Report on the treatment of epidemic cholera: from information collected by the governments of Bengal, Madras, Bombay, N.W. Provinces, Punjab, Oudh, and Central India, by order of the Government of India
Disease focus: Cholera
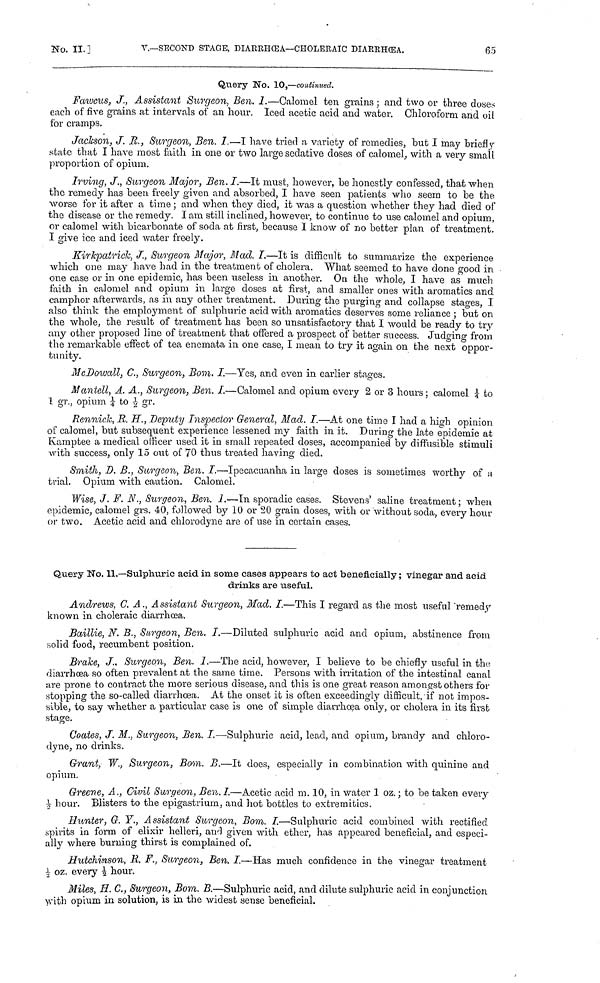
No. II.]
V.—SECOND STAGE, DIARRHŒA—CHOLERAIC DIARRHŒA.
65
Query No. 10,—continued.
Fawcus, J., Assistant Surgeon, Ben. I.—Calomel ten grains ; and two or three doses
each of five grains at intervals of an hour. Iced acetic acid and water. Chloroform and oil
for cramps.
Jackson, J. R., Surgeon, Ben. I.—I have tried a variety of remedies, but I may briefly
state that I have most faith in one or two large sedative doses of calomel, with a very small
proportion of opium.
Irving, J., Surgeon Major, Ben. I.—It must, however, be honestly confessed, that when
the remedy has been freely given and absorbed, I have seen patients who seern to be the
worse for it after a time ; and when they died, it was a question whether they had died of
the disease or the remedy. I am still inclined, however, to continue to use calomel and opium,
or calomel with bicarbonate of soda at first, because I know of no better plan of treatment.
I give ice and iced water freely.
Kirkpatrick, J., Surgeon Major, Mad, I.—It is difficult to summarize the experience
which one may have had in the treatment of cholera. What seemed to have done good in
one case or in one epidemic, has been useless in another. On the whole, I have as much
faith in calomel and opium in large doses at first, and smaller ones with aromatics and
camphor afterwards, as in any other treatment. During the purging and collapse stages, I
also think the employment of sulphuric acid with aromatics deserves some reliance ; but on
the whole, the result of treatment has been so unsatisfactory that I would be ready to try
any other proposed line of treatment that offered a prospect of better success. Judging from
the remarkable effect of tea enemata in one case, I mean to try it again on the next oppor-
tunity.
McDowall, C., Surgeon, Bom. I.—Yes, and even in earlier stages.
Mantell, A. A., Surgeon, Ben. I.—Calomel and opium every 2 or 3 hours; calomel 3 to
1 gr., opium ¼ to ½ gr.
Rennick, R. H., Deputy Inspector General, Mad. I.—At one time I had a high opinion
of calomel, but subsequent experience lessened my faith in it. During the late epidemic at
Kamptee a medical officer used it in small repeated doses, accompanied by diffusible stimuli
with success, only 15 out of 70 thus treated having died.
Smith, D. B., Surgeon, Ben. I.—Ipecacuanha in large doses is sometimes worthy of a
trial. Opium with caution. Calomel.
Wise, J. F. N., Surgeon, Ben. I.—In sporadic cases. Stevens' saline treatment; when
epidemic, calomel grs. 40, followed by 10 or 20 grain doses, with or without soda, every hour
or two. Acetic acid and chlorodyne are of use in certain cases.
Query No. 11.—Sulphuric acid in some cases appears to act beneficially ; vinegar and acid
drinks are useful.
Andrews, C. A., Assistant Surgeon, Mad. I.—This I regard as the most useful remedy
known in choleraic diarrhœa.
Baillie, N. B., Surgeon, Ben. I.—Diluted sulphuric acid and opium, abstinence from
solid food, recumbent position.
Brake, J., Surgeon, Ben. I.—The acid, however, I believe to be chiefly useful in the
diarrhœa so often prevalent at the same time. Persons with irritation of the intestinal canal
are prone to contract the more serious disease, and this is one great reason amongst others for
«topping the so-called diarrhoea. At the onset it is often exceedingly difficult, if not impos-
sible, to say whether a particular case is one of simple diarrhœa only, or cholera in its first
stage.
Coates, J. M., Surgeon, Ben. I.—Sulphuric acid, lead, and opium, brandy and chloro-
dyne, no drinks.
Grant, W., Surgeon, Bom. B.—It does, especially in combination with quinine and
opium.
Greene, A., Civil Surgeon, Ben. I.—Acetic acid m. 10, in water 1 oz. ; to be taken every
½ hour. Blisters to the epigastrium, and hot bottles to extremities.
Hunter, G. Y., Assistant Surgeon, Bom. I.—Sulphuric acid combined with rectified
spirits in form of elixir helleri, and given with ether, has appeared beneficial, and especi-
ally where burning thirst is complained of.
Hutchinson, R. F., Surgeon, Ben. I.—Has much confidence in the vinegar treatment
½ oz. every ½ hour.
Miles, H. C., Surgeon, Bom. B.—Sulphuric acid, and dilute sulphuric acid in conjunction
with opium in solution, is in the widest sense beneficial.